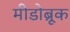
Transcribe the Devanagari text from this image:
मीडोब्रूक